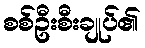
စစ်ဦးစီးချုပ်၏